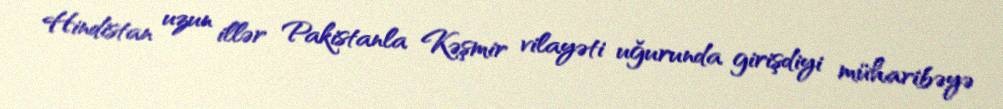
Hindistan uzun illər Pakistanla Kəşmir vilayəti uğurunda girişdiyi müharibəyə